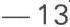
- 13